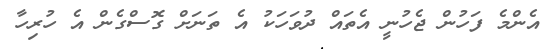
އެންމެ ފަހުން ޖެހުނީ އެތައް ދުވަހަކު އެ ތަނަށް ގޮސްގެން އެ ހުރިހާ